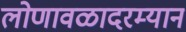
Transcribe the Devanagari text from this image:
लोणावळादरम्यान